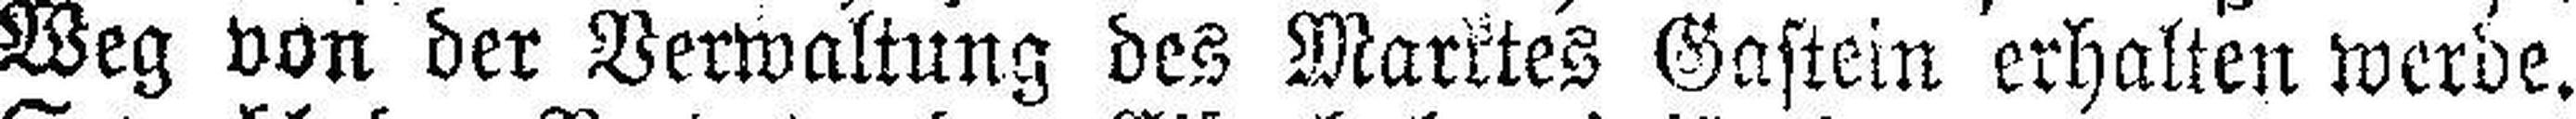
Weg von der Verwaltung des Marktes Gastein erhalten werde.